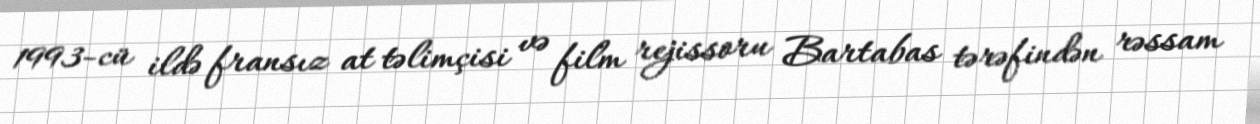
1993-cü ildə fransız at təlimçisi və film rejissoru Bartabas tərəfindən rəssam